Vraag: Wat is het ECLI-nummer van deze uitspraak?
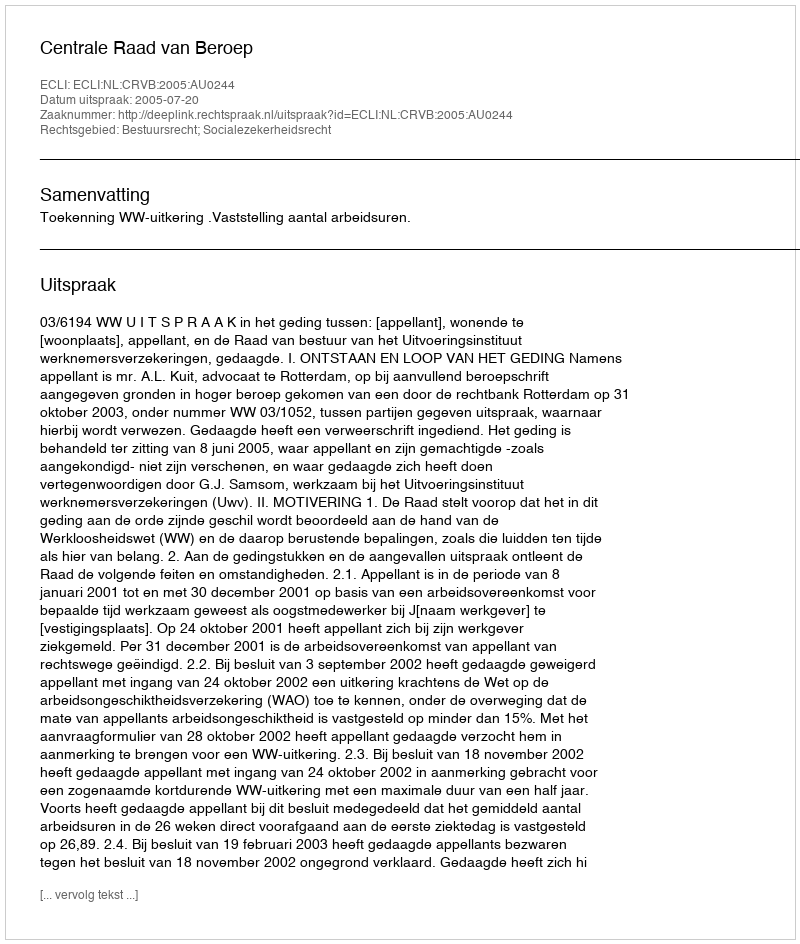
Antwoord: ECLI:NL:CRVB:2005:AU0244